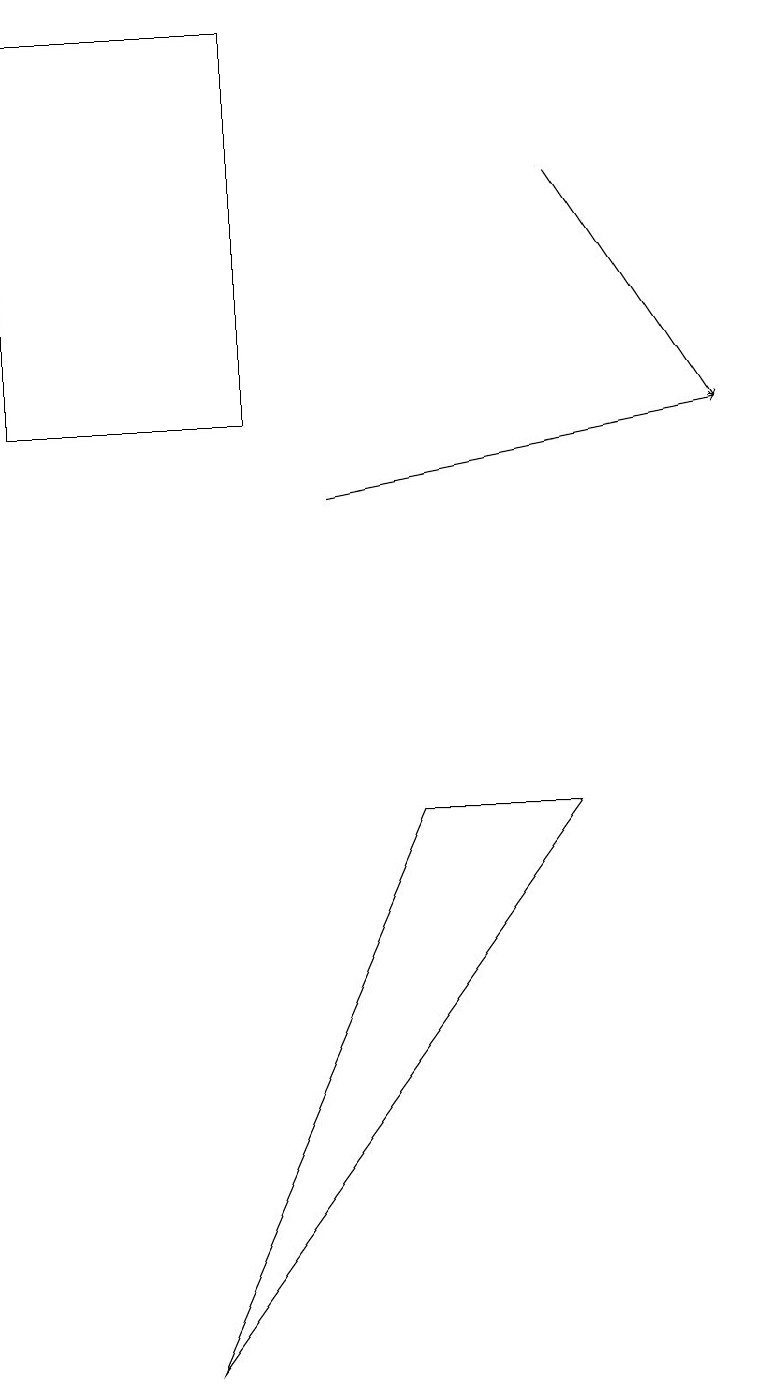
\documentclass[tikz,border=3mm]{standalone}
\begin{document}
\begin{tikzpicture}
\draw (7,9) -- (5,9) -- (2,2) -- cycle;
\draw[->] (4,13) -- (9,14);
\draw (0,14) rectangle (3,19);
\draw[->] (7,17) -- (9,14);
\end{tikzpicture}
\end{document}